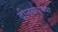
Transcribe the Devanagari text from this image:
दीनबंधूच्या